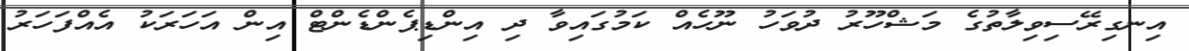
އިނގިރޭސިވިލާތުގެ މަޝްހޫރު ދުވަހު ނޫހެއް ކަމުގައިވާ ދި އިންޑިޕެންޑެންޓް އިން އަހަރަކު އެއްފަހަރު